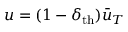
\begin{array} { r } { u = ( 1 - \delta _ { \mathrm { t h } } ) \bar { u } _ { T } } \end{array}